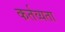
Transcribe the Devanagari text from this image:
कर्तव्यता